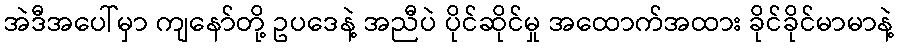
အဲဒီအပေါ်မှာ ကျနော်တို့ ဥပဒေနဲ့ အညီပဲ ပိုင်ဆိုင်မှု အထောက်အထား ခိုင်ခိုင်မာမာနဲ့